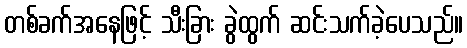
တစ်ခက်အနေဖြင့် သီးခြား ခွဲထွက် ဆင်းသက်ခဲ့ပေသည်။